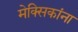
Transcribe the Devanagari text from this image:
मेक्सिकांना